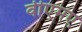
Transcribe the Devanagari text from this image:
वीएमए